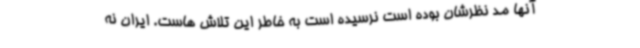
آنها مد نظرشان بوده است نرسیده است به خاطر این تلاش هاست. ایران نه